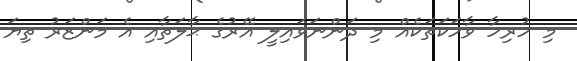
މި ހުރިހާ ވާހަކަތަކެއް މި ދަންނަވައިލީ އޭރުގެ ޙާލަތާއި އެ މަންޒަރު ތިޔަ